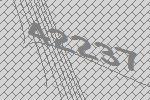
42237